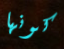
كونها